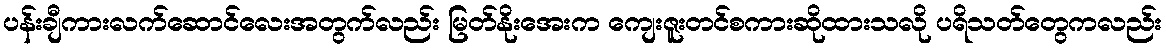
ပန်းချီကားလက်ဆောင်လေးအတွက်လည်း မြတ်နိုးအေးက ကျေးဇူးတင်စကားဆိုထားသလို ပရိသတ်တွေကလည်း